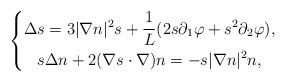
\begin{align*}\left\lbrace\begin{gathered}\Delta s = 3 |\nabla n|^2 s +\frac{1}{L}(2s\partial_1\varphi + s^2 \partial_2\varphi), \\s\Delta n + 2 (\nabla s \cdot\nabla)n = -s|\nabla n|^2 n,\end{gathered}\right.\end{align*}